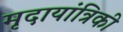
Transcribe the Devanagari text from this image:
मृदायांत्रिकी